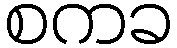
စကခ